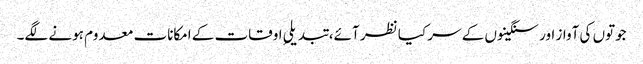
جوتوں کی آواز اور سنگینوں کے سر کیا نظر آئے، تبدیلیِ اوقات کے امکانات معدوم ہونے لگے۔